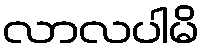
လာလပါမိ